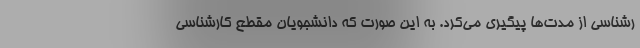
رشناسی از مدت‌ها پیگیری می‌کرد. به این صورت که دانشجویان مقطع کارشناسی